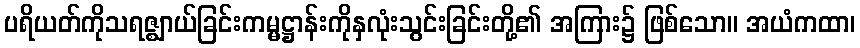
ပရိယတ်ကိုသရဇ္ဈာယ်ခြင်းကမ္မဋ္ဌာန်းကိုနှလုံးသွင်းခြင်းတို့၏ အကြား၌ ဖြစ်သော။ အယံကထာ၊